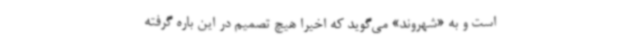
است و به «شهروند» می‌گوید که اخیرا هیچ‌ تصمیم‌ در این‌ باره گرفته